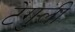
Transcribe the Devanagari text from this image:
टेगुली